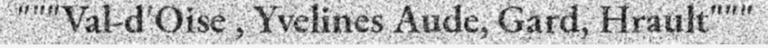
"""Val-d'Oise , Yvelines Aude, Gard, Hrault"""